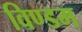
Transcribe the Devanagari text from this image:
विण्डम